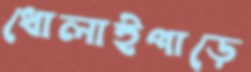
ধোলাইপাড়ে